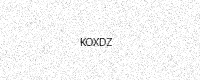
Text: KOXDZ